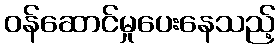
ဝန်ဆောင်မှုပေးနေသည့်